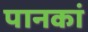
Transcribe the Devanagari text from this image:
पानकां